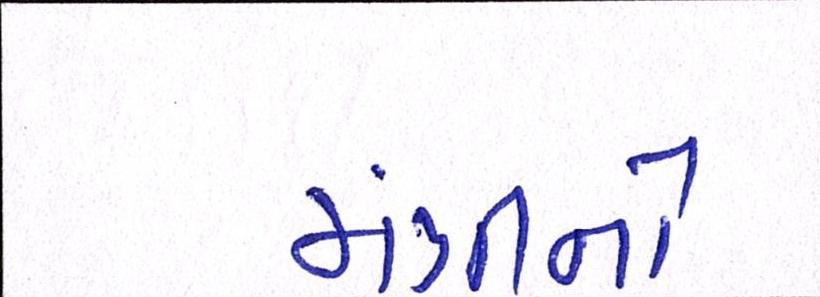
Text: મંત્રીનો